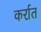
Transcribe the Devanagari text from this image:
कर्रात